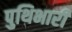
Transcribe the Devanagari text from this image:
पुथिभारी